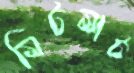
মিটমাট